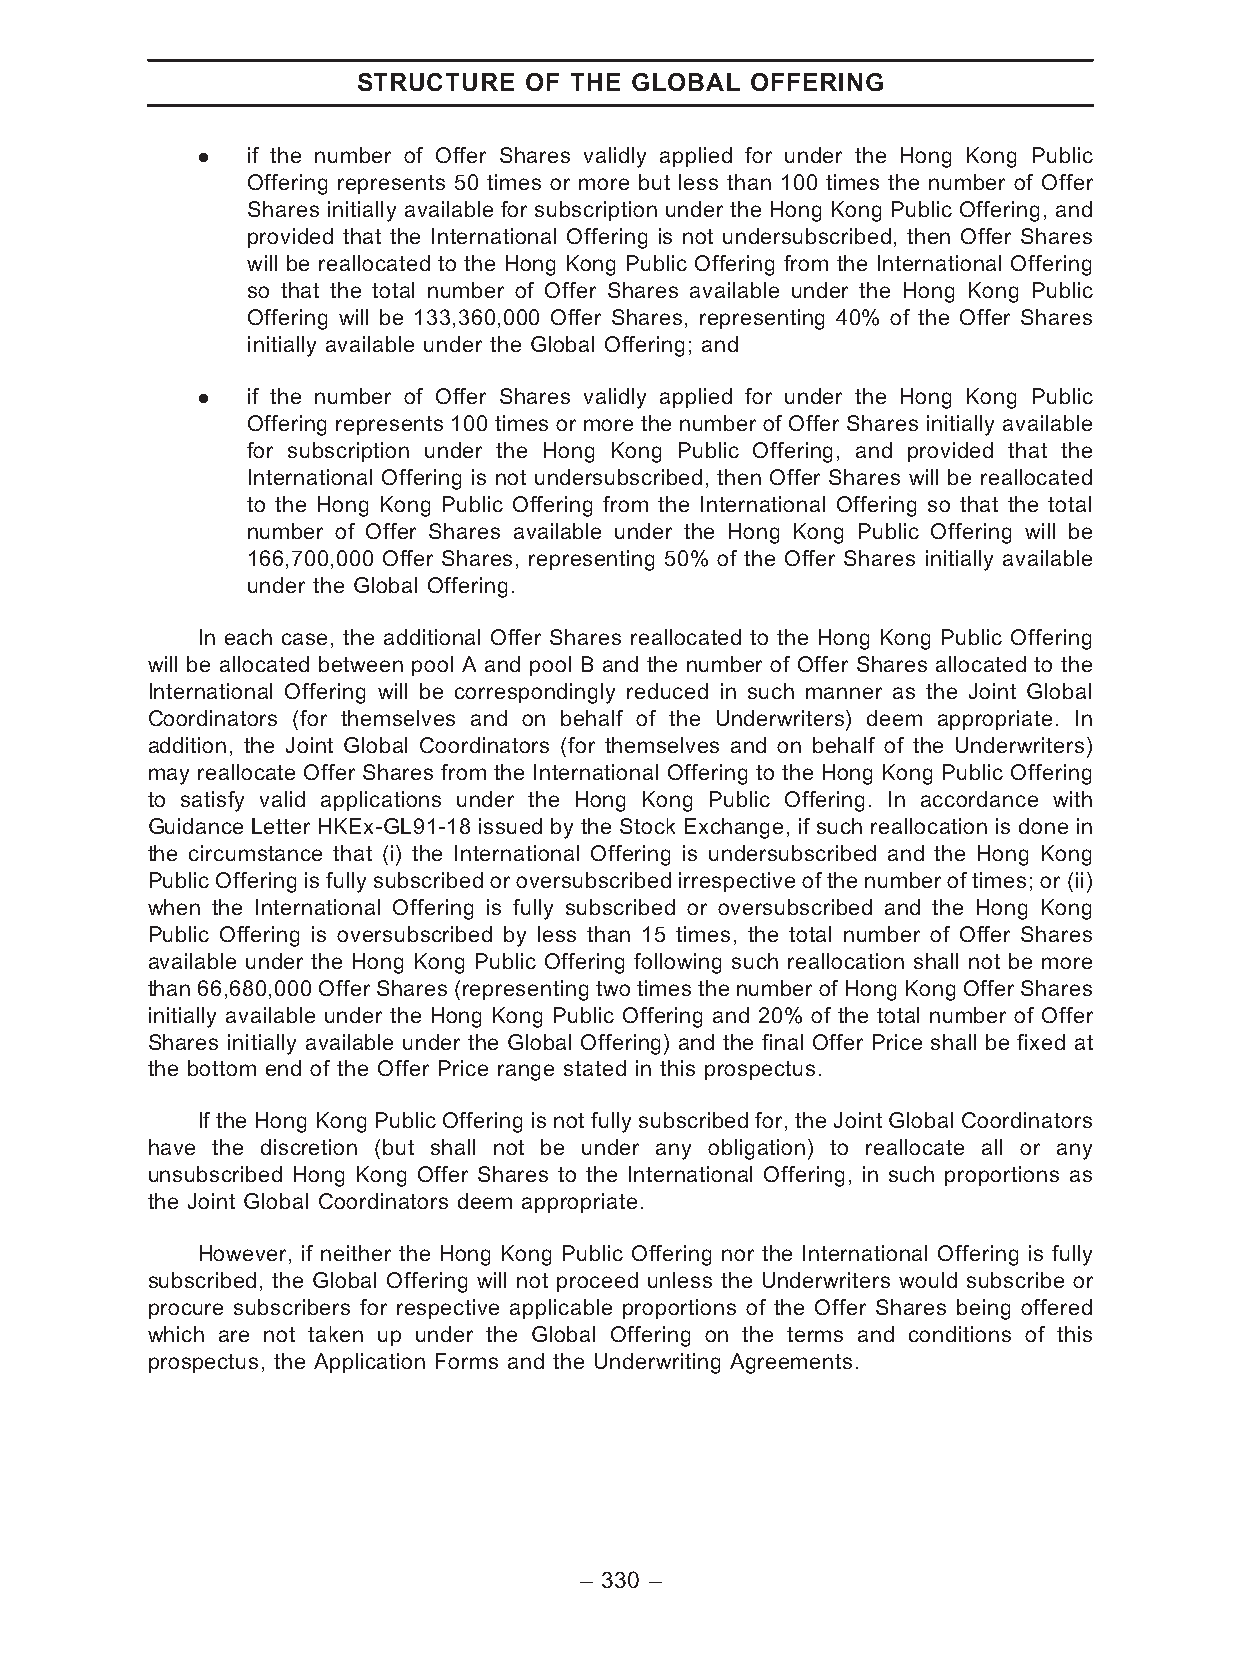
STRUCTURE  OF THE GLOBAL  OFFERING
 .  if the number of Offer Shares validly applied for under the Hong Kong Public
 Offering represents 50 times or more but less than 100 times the number of Offer
 Shares initially available for subscription under the Hong Kong Public Offering, and
 provided that the International Offering is not undersubscribed, then Offer Shares
 will be reallocated to the Hong Kong Public Offering from the International Offering
 so that the total number of Offer Shares available under the Hong Kong Public
 Offering will be 133,360,000 Offer Shares, representing 40% of the Offer Shares
 initially available under the Global Offering; and
 .  if the number of Offer Shares validly applied for under the Hong Kong Public
 Offering represents 100 times or more the number of Offer Shares initially available
 for subscription under the Hong Kong Public Offering, and provided that the
 International Offering is not undersubscribed, then Offer Shares will be reallocated
 to the Hong Kong Public Offering from the International Offering so that the total
 number of Offer Shares available under the Hong Kong Public Offering will be
 166,700,000 Offer Shares, representing 50% of the Offer Shares initially available
 under the Global Offering.
 In each case, the additional Offer Shares reallocated to the Hong Kong Public Offering
 will be allocated between pool A and pool B and the number of Offer Shares allocated to the
 International Offering will be correspondingly reduced in such manner as the Joint Global
 Coordinators (for themselves and on behalf of the Underwriters) deem appropriate. In
 addition, the Joint Global Coordinators (for themselves and on behalf of the Underwriters)
 may reallocate Offer Shares from the International Offering to the Hong Kong Public Offering
 to satisfy valid applications under the Hong Kong Public Offering. In accordance with
 Guidance Letter HKEx-GL91-18 issued by the Stock Exchange, if such reallocation is done in
 the circumstance that (i) the International Offering is undersubscribed and the Hong Kong
 PublicOfferingisfullysubscribedoroversubscribedirrespectiveofthenumberoftimes;or(ii)
 when the International Offering is fully subscribed or oversubscribed and the Hong Kong
 Public Offering is oversubscribed by less than 15 times, the total number of Offer Shares
 available under the Hong Kong Public Offering following such reallocation shall not be more
 than 66,680,000 OfferShares(representing two timesthe number of Hong Kong Offer Shares
 initially available under the Hong Kong Public Offering and 20% of the total number of Offer
 Shares initially available under the Global Offering) and the final Offer Price shall be fixed at
 the bottom end of the Offer Price range stated in this prospectus.
 If the Hong Kong Public Offering is not fully subscribed for, the Joint Global Coordinators
 have the discretion (but shall not be under any obligation) to reallocate all or any
 unsubscribed Hong Kong Offer Shares to the International Offering, in such proportions as
 the Joint Global Coordinators deem appropriate.
 However, if neither the Hong Kong Public Offering nor the International Offering is fully
 subscribed, the Global Offering will not proceed unless the Underwriters would subscribe or
 procure subscribers for respective applicable proportions of the Offer Shares being offered
 which are not taken up under the Global Offering on the terms and conditions of this
 prospectus, the Application Forms and the Underwriting Agreements.
 – 330 –